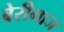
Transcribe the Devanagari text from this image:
बेरीगाज